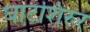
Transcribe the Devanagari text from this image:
घाटशिरुर